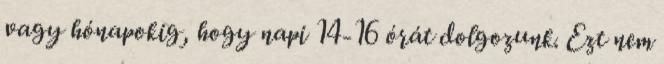
vagy hónapokig, hogy napi 14-16 órát dolgozunk. Ezt nem